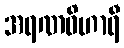
အရဏဝိဟာရီ